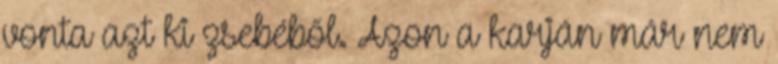
vonta azt ki zsebéből. Azon a karján már nem